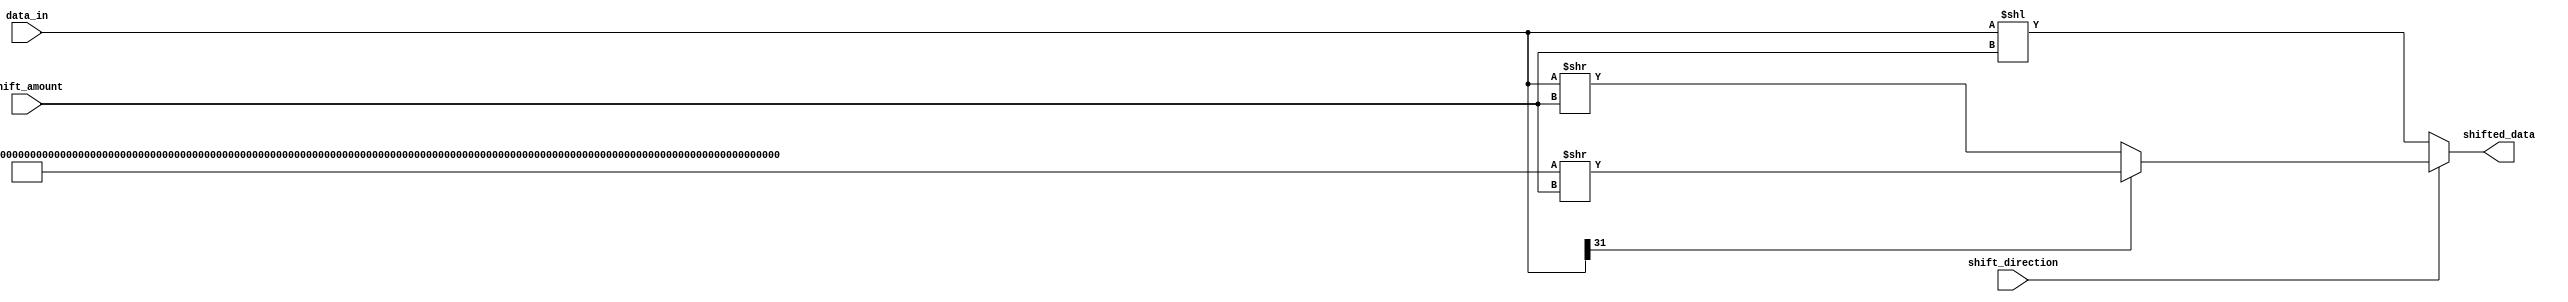
module barrel_shifter (
    input wire [31:0] data_in,
    input wire [4:0] shift_amount,
    input wire shift_direction,
    output wire [31:0] shifted_data
);

reg [31:0] shifted_data;

always @(*) begin
    if (shift_direction) begin
        if (data_in[31] == 1) begin
            shifted_data = {32{1}} >> shift_amount;
        end else begin
            shifted_data = data_in >> shift_amount;
        end
    end else begin
        shifted_data = data_in << shift_amount;
    end
end

endmodule